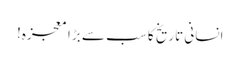
انسانی تاریخ کا سب سے بڑا معجزہ!